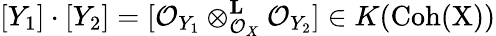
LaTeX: [Y_{1}]\cdot[Y_{2}]=[{\mathcal{O}}_{Y_{1}}\otimes_{{\mathcal{O}}_{X}}^{\mathbf{L}}{\mathcal{O}}_{Y_{2}}]\in K({\mathrm{Coh(X)}})